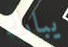
يبارك